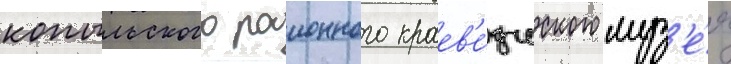
копыльского раионного краев'е́дческого муз'е́я